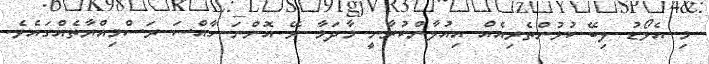
މި އެވޯޑު ލިބޭ ކުޅުންތެރިއެއް އިއުލާންކުރާނީ މާދަމާ ރޭ އޮންނަ ހާއްސަ ރަސްމިއްޔާތެއްގައެވެ.